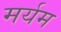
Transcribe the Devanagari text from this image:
मर्यम